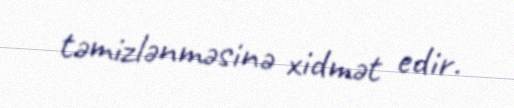
təmizlənməsinə xidmət edir.